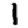
Digit: 1